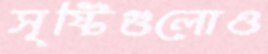
সৃষ্টিগুলোও